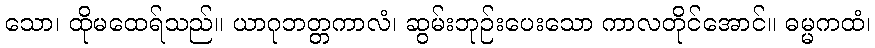
သော၊ ထိုမထေရ်သည်။ ယာဂုဘတ္တကာလံ၊ ဆွမ်းဘုဉ်းပေးသော ကာလတိုင်အောင်။ ဓမ္မကထံ၊